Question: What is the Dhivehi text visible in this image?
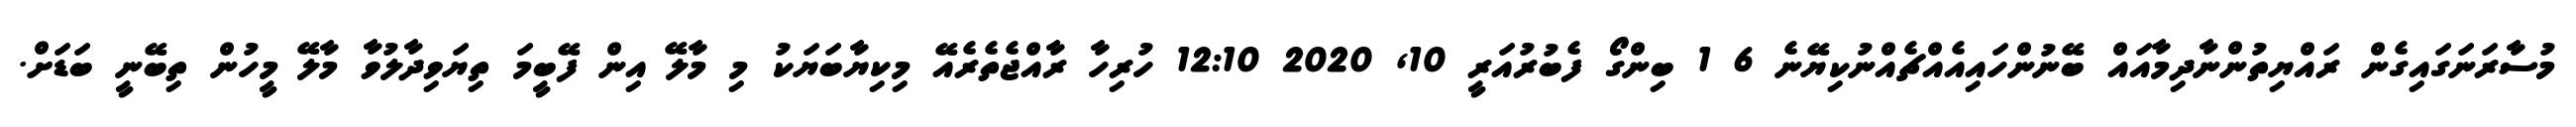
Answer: މުސާރަނަގައިގެން ރައްޔިތުންނާދިމާއައް ބޭނުންހައިއެއްޗެއްނުކިޔޭނެ 6 1 ބިންގޯ ފެބުރުއަރީ 10, 2020 12:10 ހުރިހާ ރާއްޖެތެރެއޭ މިކިޔާބަޔަކު މި މާލޭ އިން ފޭބީމަ ތިޔަވިދާލުވާ މާލޭ މީހުން ތިބޭނީ ބަޑަށް.